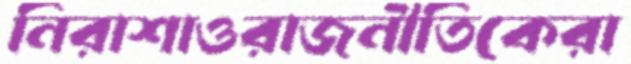
নিরাশাওরাজনীতিকেরা